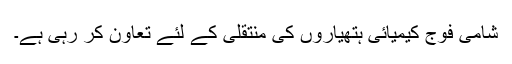
شامی فوج کیمیائی ہتھیاروں کی منتقلی کے لئے تعاون کر رہی ہے۔